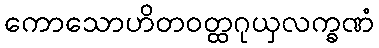
ကောသောဟိတဝတ္ထဂုယှလက္ခဏံ